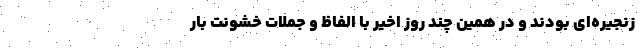
زنجیره‌ای بودند و در همین چند روز اخیر با الفاظ و جملات خشونت بار